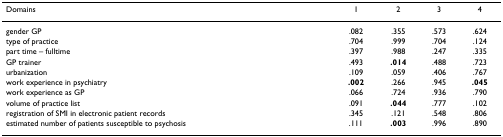
<table><thead><tr><td><b>Domains</b></td><td><b>1</b></td><td><b>2</b></td><td><b>3</b></td><td><b>4</b></td></tr></thead><tbody><tr><td>gender GP</td><td>.082</td><td>.355</td><td>.573</td><td>.624</td></tr><tr><td>type of practice</td><td>.704</td><td>.999</td><td>.704</td><td>.124</td></tr><tr><td>part time – fulltime</td><td>.397</td><td>.988</td><td>.247</td><td>.335</td></tr><tr><td>GP trainer</td><td>.493</td><td><b>.014</b></td><td>.488</td><td>.723</td></tr><tr><td>urbanization</td><td>.109</td><td>.059</td><td>.406</td><td>.767</td></tr><tr><td>work experience in psychiatry</td><td><b>.002</b></td><td>.266</td><td>.945</td><td><b>.045</b></td></tr><tr><td>work experience as GP</td><td>.066</td><td>.724</td><td>.936</td><td>.790</td></tr><tr><td>volume of practice list</td><td>.091</td><td><b>.044</b></td><td>.777</td><td>.102</td></tr><tr><td>registration of SMI in electronic patient records</td><td>.345</td><td>.121</td><td>.548</td><td>.806</td></tr><tr><td>estimated number of patients susceptible to psychosis</td><td>.111</td><td><b>.003</b></td><td>.996</td><td>.890</td></tr></tbody></table>